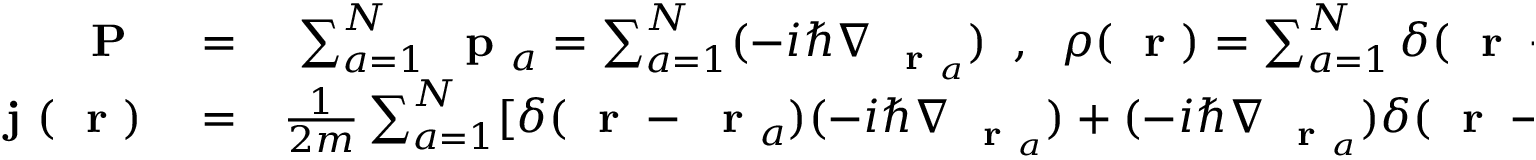
\begin{array} { r l r } { \mathrm { ~ \bf ~ P ~ } } & { { } = } & { \sum _ { a = 1 } ^ { N } \mathrm { ~ \bf ~ p ~ } _ { a } = \sum _ { a = 1 } ^ { N } ( - i \hbar \nabla _ { \mathrm { ~ \bf ~ r ~ } _ { a } } ) \; \; , \; \; \rho ( \mathrm { ~ \bf ~ r ~ } ) = \sum _ { a = 1 } ^ { N } \delta ( \mathrm { ~ \bf ~ r ~ } - \mathrm { ~ \bf ~ r ~ } _ { a } ) } \\ { \mathrm { ~ \bf ~ j ~ } ( \mathrm { ~ \bf ~ r ~ } ) } & { { } = } & { \frac { 1 } { 2 m } \sum _ { a = 1 } ^ { N } [ \delta ( \mathrm { ~ \bf ~ r ~ } - \mathrm { ~ \bf ~ r ~ } _ { a } ) ( - i \hbar \nabla _ { \mathrm { ~ \bf ~ r ~ } _ { a } } ) + ( - i \hbar \nabla _ { \mathrm { ~ \bf ~ r ~ } _ { a } } ) \delta ( \mathrm { ~ \bf ~ r ~ } - \mathrm { ~ \bf ~ r ~ } _ { a } ) ] } \end{array}